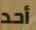
أحد